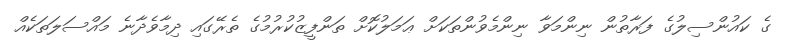
ގެ ކައުންސިލުގެ ފަރާތުން ނިންމަވާ ނިންމެވުންތަކަށް ޢަމަލުކޮށް ތަންފީޒުކުރުމުގެ ތެރޭގައި ދިމާވެދާނެ މައްސަލަތަކެއް